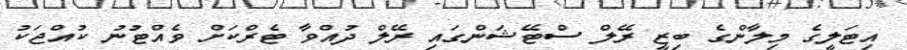
އިޓަލީގެ މިލާންގެ ބިޒީ ރޭލް ސްޓޭޝަންގައި ރޭލް ދުއްވާ ޓެރްކަށް ވެއްޓުނު ކުއްޖަކު